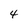
Character: 4